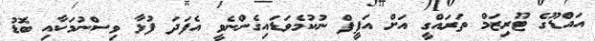
އައްޑޫގެ ޓޫރިޒަމް ތަރައްގީ އަށް އަފީފް ނުކުމެވަޑައިގެންނެވީ އެފަދަ ފުޅާ ވިސްނުމަކާއި ބޮޑު